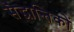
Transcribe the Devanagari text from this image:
सैद्धान्तिकों